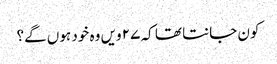
کون جانتا تھا کہ ۲۷ ویں وہ خود ہوں گے؟